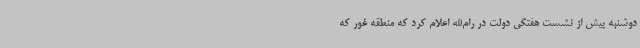
دوشنبه پیش از نشست هفتگی دولت در رام‌الله اعلام کرد که منطقه غور که